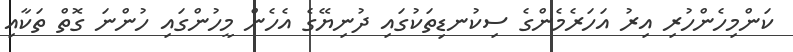
ކަންމިހެންހުރި އިރު އަހަރެމެންގެ ސިކުނޑިތަކުގައި ދުނިޔޭގެ އެހެން މީހުންގައި ހުންނަ ގޮތް ތަކާއި